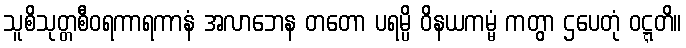
သူစိသုတ္တစီဝရကာရကာနံ အလာဘေန တတော ပရမ္ပိ ဝိနယကမ္မံ ကတွာ ဌပေတုံ ဝဋ္ဋတိ။